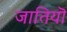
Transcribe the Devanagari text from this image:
जातियॊ